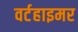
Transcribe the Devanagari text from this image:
वर्टहाइमर